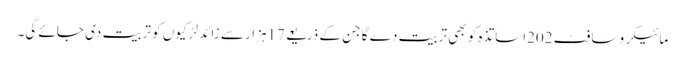
مائیکرو سافٹ 202اساتذہ کو بھی تربیت دے گا جن کے ذریعے 17ہزار سے زائد لڑکیوں کو تربیت دی جائے گی۔